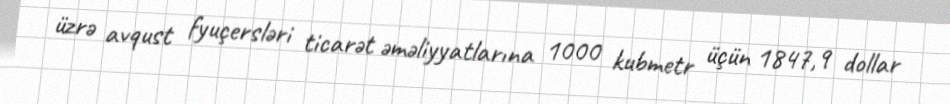
üzrə avqust fyuçersləri ticarət əməliyyatlarına 1000 kubmetr üçün 1847,9 dollar